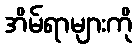
အိမ်ရာများကို